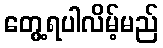
တွေ့ရပါလိမ့်မည်